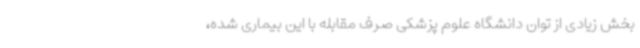
بخش زیادی از توان دانشگاه علوم پزشکی صرف مقابله با این بیماری شده،